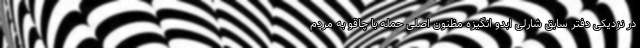
در نزدیکی دفتر سابق شارلی ابدو انگیزه مظنون اصلی حمله با چاقو به مردم